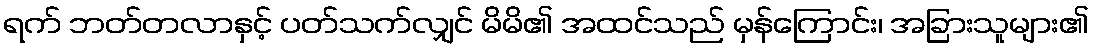
ရက် ဘတ်တလာနှင့် ပတ်သက်လျှင် မိမိ၏ အထင်သည် မှန်ကြောင်း၊ အခြားသူများ၏